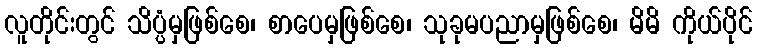
လူတိုင်းတွင် သိပ္ပံမှဖြစ်စေ၊ စာပေမှဖြစ်စေ၊ သုခုမပညာမှဖြစ်စေ၊ မိမိ ကိုယ်ပိုင်